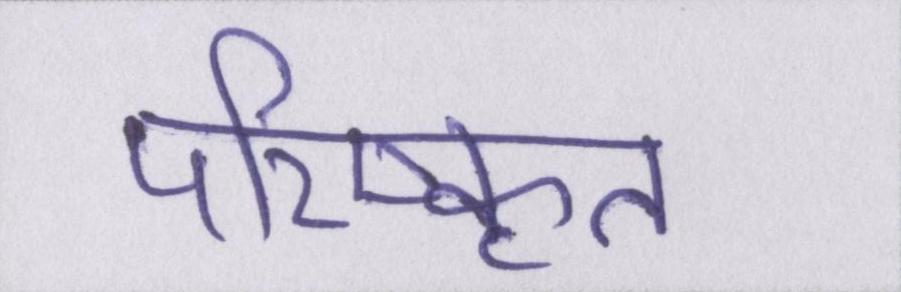
परिष्कृत